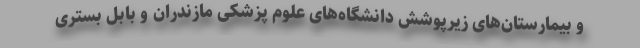
و بیمارستان‌های زیرپوشش دانشگاه‌های علوم پزشکی مازندران و بابل بستری